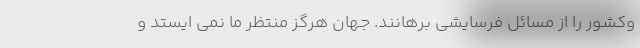
وکشور را از مسائل فرسایشی برهانند. جهان هرگز منتظر ما نمی ایستد و